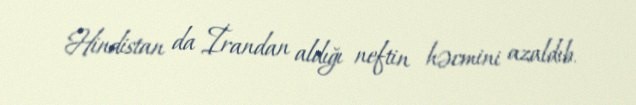
Hindistan da İrandan aldığı neftin həcmini azaldıb.